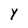
Character: Y